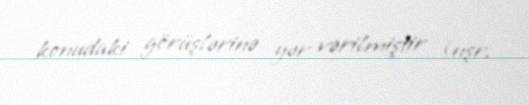
konudaki görüşlərinə yər vərilmiştir (nşr.